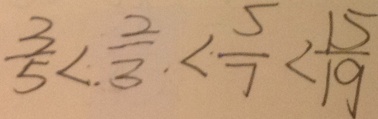
\frac { 3 } { 5 } < . \frac { 2 } { 3 } . < \frac { 5 } { 7 } < \frac { 1 5 } { 1 9 }